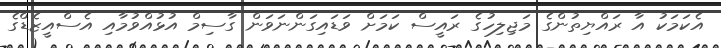
އެކަމަކު އާ ރައްޔިތުންގެ މަޖިލިހުގެ ރައީސް ކަމަށް ވަޑައިގަންނަވަން ގާސިމް އުޅުއްވުމާއި އެސްއީޒެޑްގެ